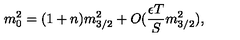
m _ { 0 } ^ { 2 } = ( 1 + n ) m _ { 3 / 2 } ^ { 2 } + O ( \frac { \epsilon T } { S } m _ { 3 / 2 } ^ { 2 } ) ,